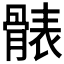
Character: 𩩩